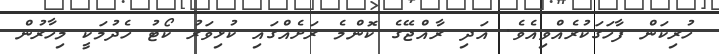
ހުރިކަން ފާހަގަކުރެއްވިއެވެ. އަދި ރާއްޖޭގެ ކޮންމެ ރަށެއްގައި ކުޅިވަރު ކޯޓު ހެދުމަކީ މިހާރުން